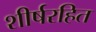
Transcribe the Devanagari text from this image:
शीर्षरहित